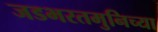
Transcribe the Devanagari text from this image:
जडभरतमुनिच्या